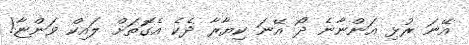
އޭނަ ރުޅި އަންނާނެ ދޯ އޭނަ ކިޔާރާ ދެކެ އެގޮަތަށް ލައިކް ވަންޏާ!